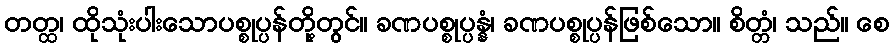
တတ္ထ၊ ထိုသုံးပါးသောပစ္စုပ္ပန်တို့တွင်။ ခဏပစ္စုပ္ပန္နံ၊ ခဏပစ္စုပ္ပန်ဖြစ်သော။ စိတ္တံ၊ သည်။ စေ